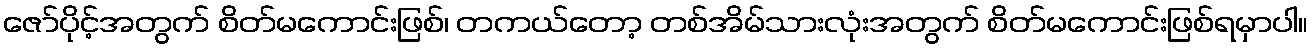
ဇော်ပိုင့်အတွက် စိတ်မကောင်းဖြစ်၊ တကယ်တော့ တစ်အိမ်သားလုံးအတွက် စိတ်မကောင်းဖြစ်ရမှာပါ။